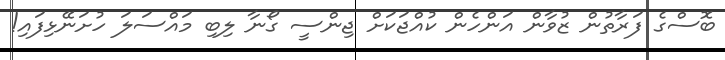
ބޮސްގެ ފަރާތުން ޒުވާން އަންހެން ކުއްޖަކަށް ޖިންސީ ގޯނާ ލިބި މައްސަލަ ހުށަނޭޅިފައި!